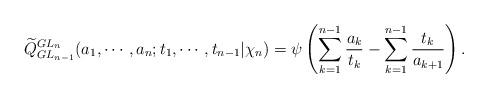
LaTeX: \begin{align*} \widetilde{Q}_{GL_{n-1}}^{GL_{n}}(a_1,\cdots,a_n;t_1,\cdots, t_{n-1}|\chi_n)=\psi\left(\sum_{k=1}^{n-1}\frac{a_k}{t_{k}}-\sum_{k=1}^{n-1}\frac{t_k}{a_{k+1}}\right).\end{align*}